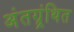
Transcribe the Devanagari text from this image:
अंतग्र्रंथित